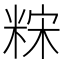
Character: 䊉